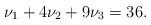
LaTeX: \begin{align*} \nu_1+4\nu_2+9\nu_3=36.\end{align*}